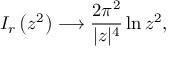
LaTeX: I _ { r } \left( z ^ { 2 } \right) \longrightarrow \frac { 2 \pi ^ { 2 } } { | z | ^ { 4 } } \ln z ^ { 2 } ,